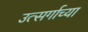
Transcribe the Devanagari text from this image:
उत्सर्गाच्या